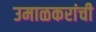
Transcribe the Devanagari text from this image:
उमाळकरांची